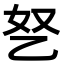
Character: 㐐